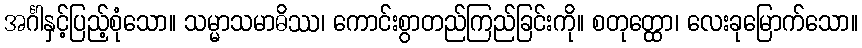
အင်္ဂါနှင့်ပြည့်စုံသော။ သမ္မာသမာဓိဿ၊ ကောင်းစွာတည်ကြည်ခြင်းကို။ စတုတ္ထော၊ လေးခုမြောက်သော။